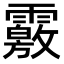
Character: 𩅢